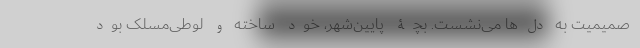
صمیمیت به دل‌ها می‌نشست. بچۀ پایین‌شهر، خود ساخته و لوطی‌مسلک بود